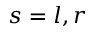
s = l , r